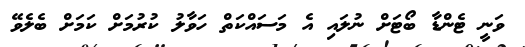
ވަނީ ޓެންޑާ ބޯޓަށް ނުލައި އެ މަސައްކަތް ހަވާލު ކުރުމަށް ކަމަށް ބެލެވޭ